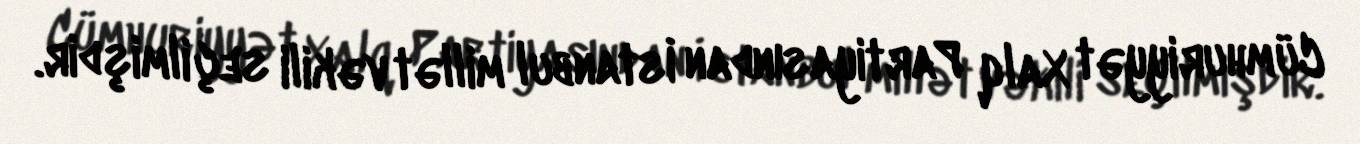
Cümhuriyyət Xalq Partiyasından İstanbul millət vəkili seçilmişdir.